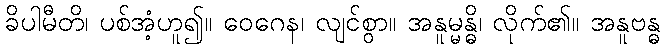
ခိပါမီတိ၊ ပစ်အံ့ဟူ၍။ ဝေဂေန၊ လျင်စွာ။ အနူမ္မန္ဓိ၊ လိုက်၏။ အနူဗန္ဓ